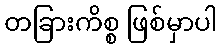
တခြားကိစ္စ ဖြစ်မှာပါ